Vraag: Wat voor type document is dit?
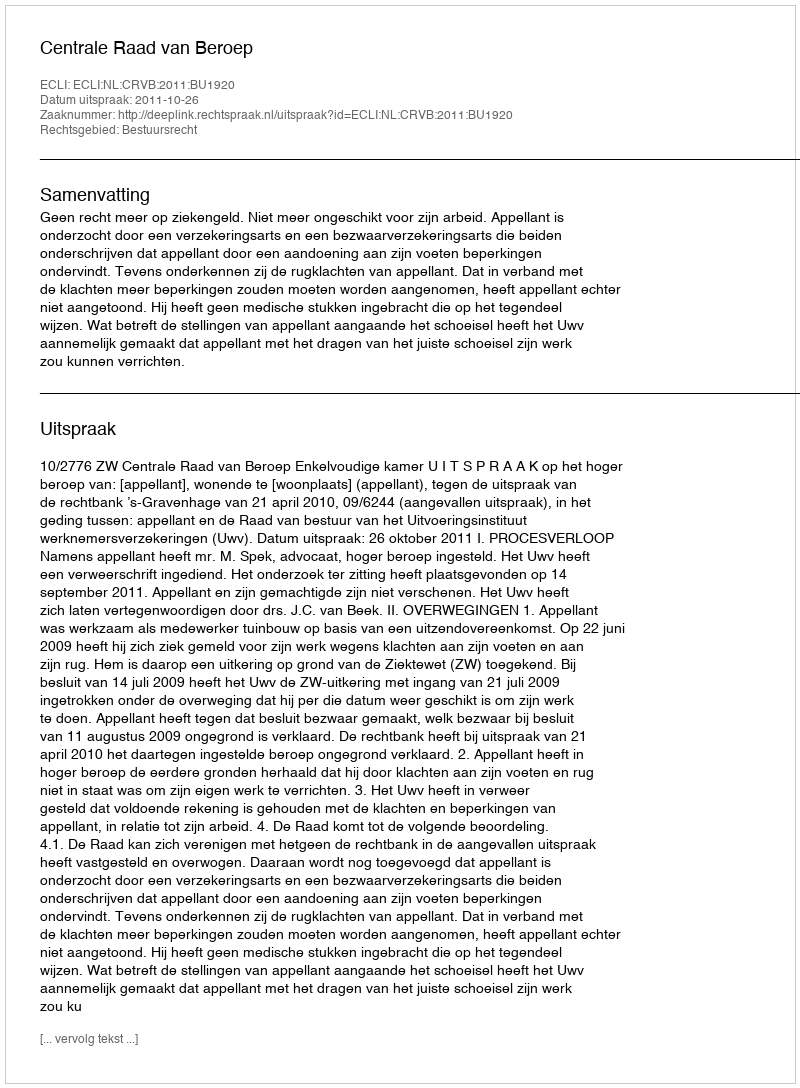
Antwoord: Uitspraak